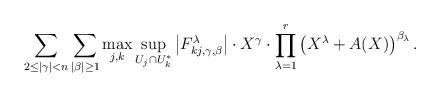
LaTeX: \begin{align*}\sum_{2\leq |\gamma|< n}\sum_{|\beta|\geq 1}\max_{j, k}\sup_{U_j\cap U_k^*}\left|F_{kj, \gamma, \beta}^\lambda\right|\cdot X^\gamma\cdot \prod_{\lambda=1}^r\left(X^\lambda+A(X)\right)^{\beta_\lambda}. \end{align*}